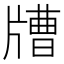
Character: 𤗰